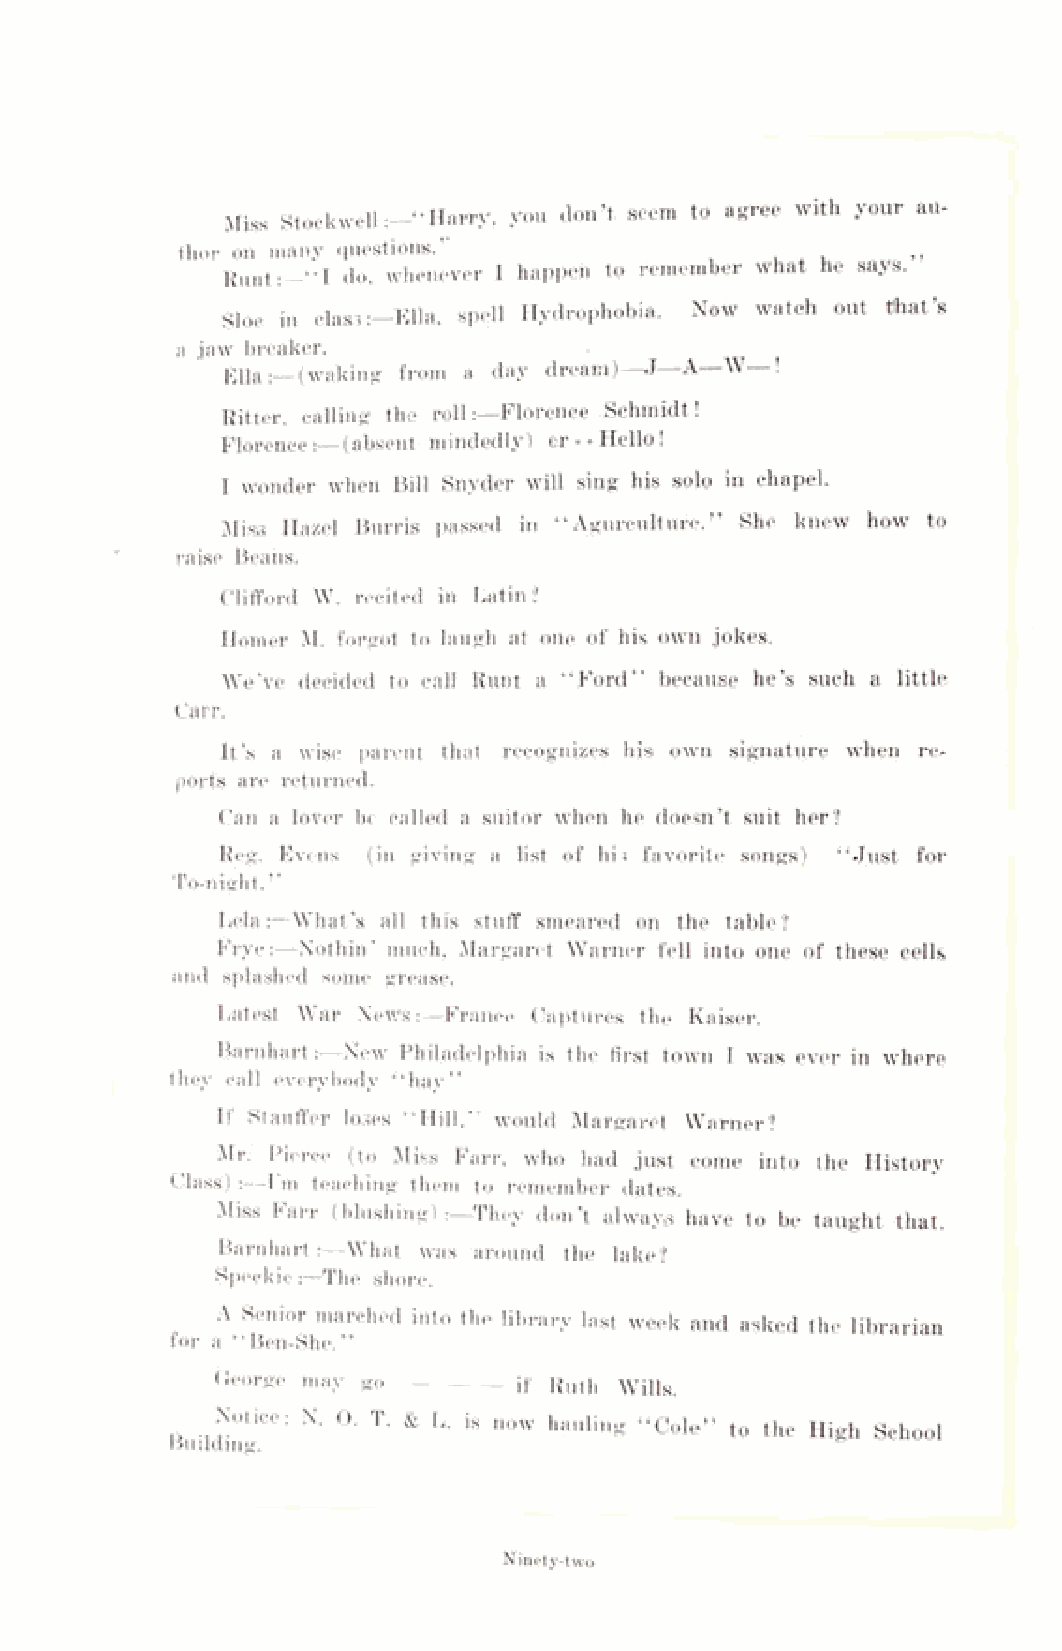
Miss Stockwell:—‘‘Harry, you don’t seem to agree with your au­
 thor on many questions.’                        ,,
 Hunt:—“ I do, whenever I happen to remember what he says.
 Sloe in classElla, spell Hydrophobia. Now watch out tlhat’s
 a jaw breaker.
 Ella :—(waking from a day dream)—J—A—W !
 Ritter, calling the roll:—Florence Schmidt!
 Florence:—(absent mindedly) er-- Hello!
 I wonder when Bill Snyder will sing his solo in chapel.
 Miss Hazel Burris passed in “ Agurculture.” She knew how to
 raise Beans.
 Clifford W. recited in Latin*?
 Homer M. forgot to laugh at one of his own jokes.
 We’ve decided to call Runt a “ Ford” because he’s such a little
 Carr.
 It’s a wise parent that recognizes his own signature when re^
 ports are returned.
 Can a lover be called a suitor when he doesn’t suit her?
 Reg. Evens (in giving a list of his favorite songs) “Just for
 To-night. ’ ’
 Lela:—What’s all this stuff smeared on the table?
 Frye:—Nothin’ much, Margaret Warner fell into one of these cells
 and splashed some grease.
 Latest War News:—France Captures the Kaiser.
 Barnhart:—New Philadelphia is the first town I was ever in where
 they call everybody “ hay”
 If Stauffer loses “Hill,” would Margaret Warner?
 Mr. Pierce (to Miss Farr, who had just come into the History
 Class) :—I m teaching them, to remember dates.
 Miss Farr (blushing) :—They don’t always have to be taught that.
 Barnhart:—What was around the lake?
 Speckie:—The shore.
 A Senior marched into the library last week and asked the librarian
 for a “Ben-She. ”
 George may go ---------— if Ruth Wills.
 Notice: N. 0. T. & L. is now hauling “ Cole” to the High School
 i^ullalng,.
 Ninety-two